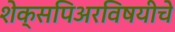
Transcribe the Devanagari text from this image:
शेक्सपिअरविषयीचे